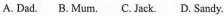
A. Dad. B.Mum. C.Jack. D. Sandy.